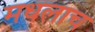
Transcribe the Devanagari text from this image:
मधलाच